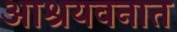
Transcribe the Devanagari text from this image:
आश्रयवनात